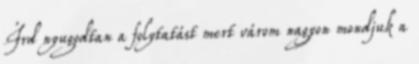
Írd nyugodtan a folytatást mert várom nagyon mondjuk a